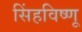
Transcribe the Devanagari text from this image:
सिंहविष्णू